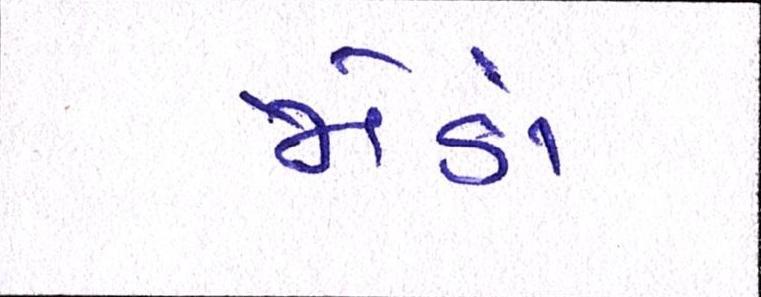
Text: જોડાં